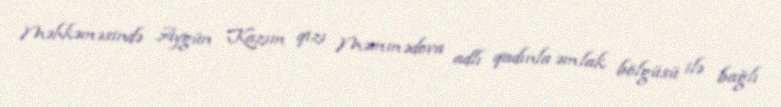
Məhkəməsində Aygün Kazım qızı Məmmədova adlı qadınla əmlak bölgüsü ilə bağlı